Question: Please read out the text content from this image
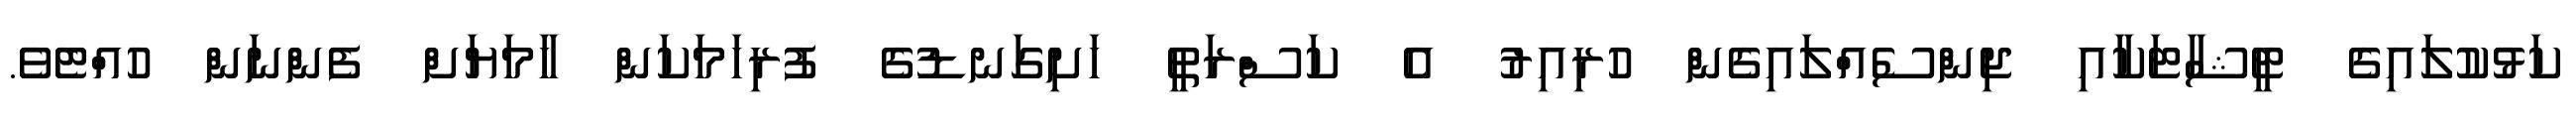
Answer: ކަޅުކުލައިގެ ޓީޝާޓަކާއި ޖިންސެއްލައިގެން ހުރިއިރު އެ ކަސްރަތީ ހަށިގަނޑުގެ ފުރިހަމަކަން ހާމަޔަށް ފެންނަން ހުއްޓެވެ.